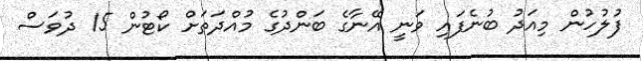
ފުލުހުން މިއަދު ބުނެފައި ވަނީ އޭނާގެ ބަންދުގެ މުއްދަތަށް ކޯޓުން 15 ދުވަސް